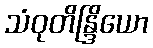
သံဝုတိန္ဒြိယော